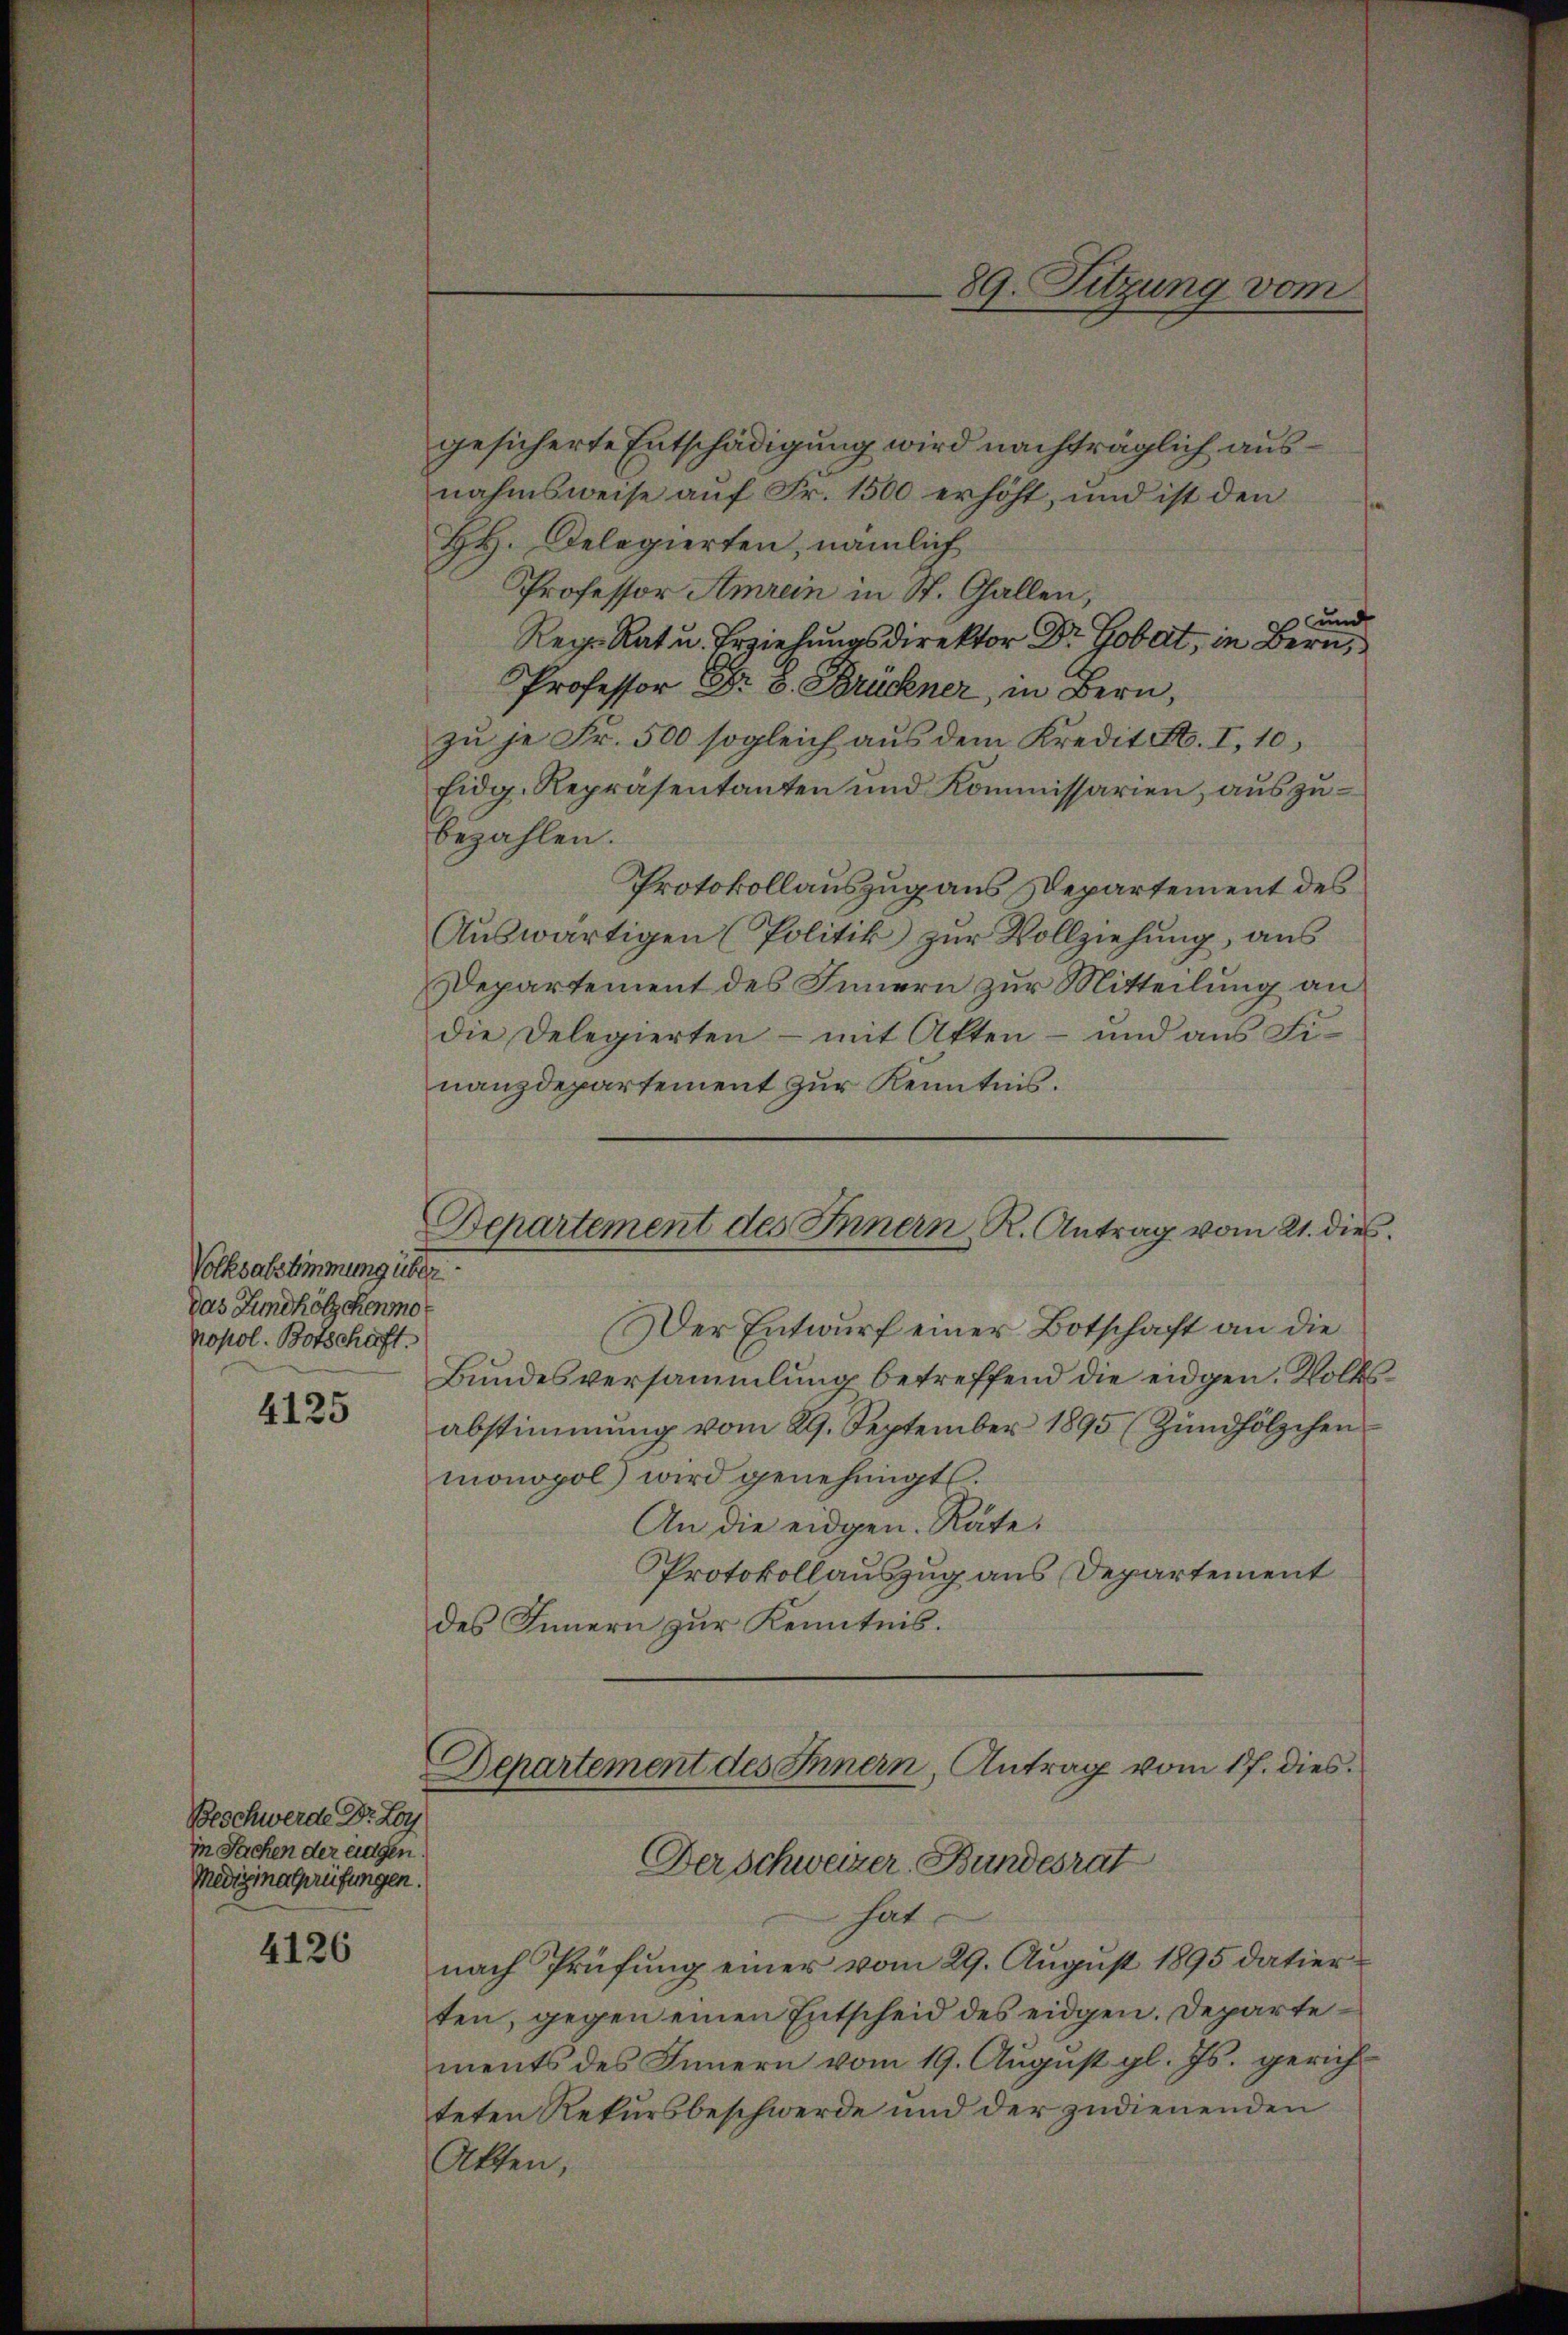
Volksabstimmung über
Das Fundhölzchenmor
nopol. Botschaft.

4125

Beschwerde Dr. Lor
in Sachen der eingen.
Medizinalprüfungen.

4126

gesicherte Entschädigung wird nachträglich ausnahmsweise auf Fr. 1500 erhöht, und ist den
HH. Delegierten, nämlich
Professor Amrein in St. Gallen,
und
Reg. Rat u. Erziehungsdirektor Dr. Gobet, in Bern,
Professor Dr. 3. Brückner, in Bern,
zu je Fr. 500 sogleich aus dem Kredit F. I, 10,
Eidg. Repräsentanten und Kommissarien, auszubezahlen.
Protokollauszug aus Departement des
Auswärtigen (Politik zur Vollziehung, aus
Departement des Innern zur Mitteilung an
die Delegierten - mit Atten- und aus Fi-
nanzdepartement zur Kenntnis.
Departement des Innern R. Antrag vom 21. dies
Der Entwurf einer Botschaft an die
Bŭndesversammlung betreffend die eidgen. Volksabstimmung vom 29. September 1895 (Zündhölzchen
monopol) wird genehmigt.
An die eidgen. Räte.
Protokollauszug aus Departement
des Innern zur Kenntnis.

89. Sitzung vom

Departement des Innern, Antrag vom 17. dies

Der Schweizer Bundesrat
hat.
nach Prüfung einer vom 29. August 1895 datier
ten, gegen einen Entscheid des eidgen. Departements des Innern vom 19. Aŭgŭst gl. Js. gerich-
teten Rekursbeschwerde und der zudienenden
Akten,